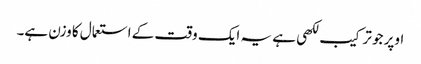
اوپر جو ترکیب لکھی ہے یہ ایک وقت کے استعمال کا وزن ہے۔